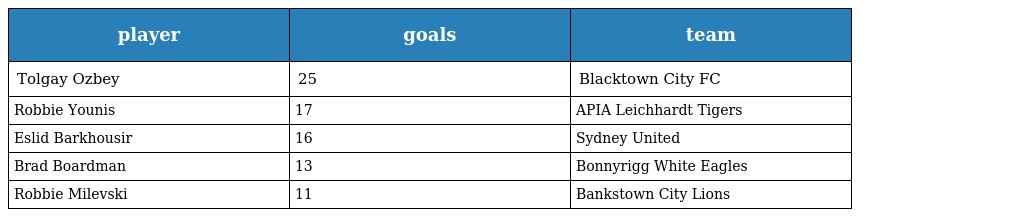
| player | goals | team |
 | --- | --- | --- |
 | Tolgay Ozbey | 25 | Blacktown City FC |
 | Robbie Younis | 17 | APIA Leichhardt Tigers |
 | Eslid Barkhousir | 16 | Sydney United |
 | Brad Boardman | 13 | Bonnyrigg White Eagles |
 | Robbie Milevski | 11 | Bankstown City Lions |